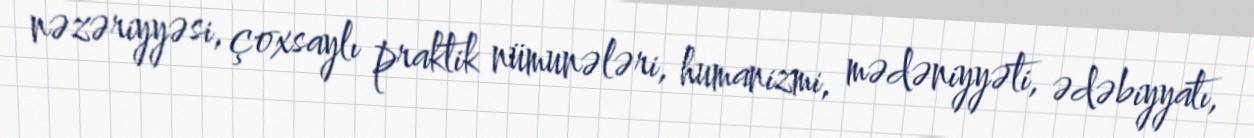
nəzəriyyəsi, çoxsaylı praktik nümunələri, humanizmi, mədəniyyəti, ədəbiyyatı,